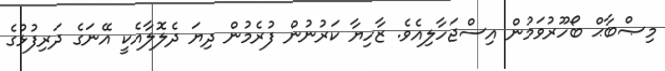
މިޞްބާޙް ބޯހޫރުވަމުން އިސްޖަހާލިއެވެ. ޒާހިޔާ ކަރުނުން ފުރެމުން ދިޔަ ދެލޮލާއެކީ އޭނަގެ ދަރިފުޅުގެ